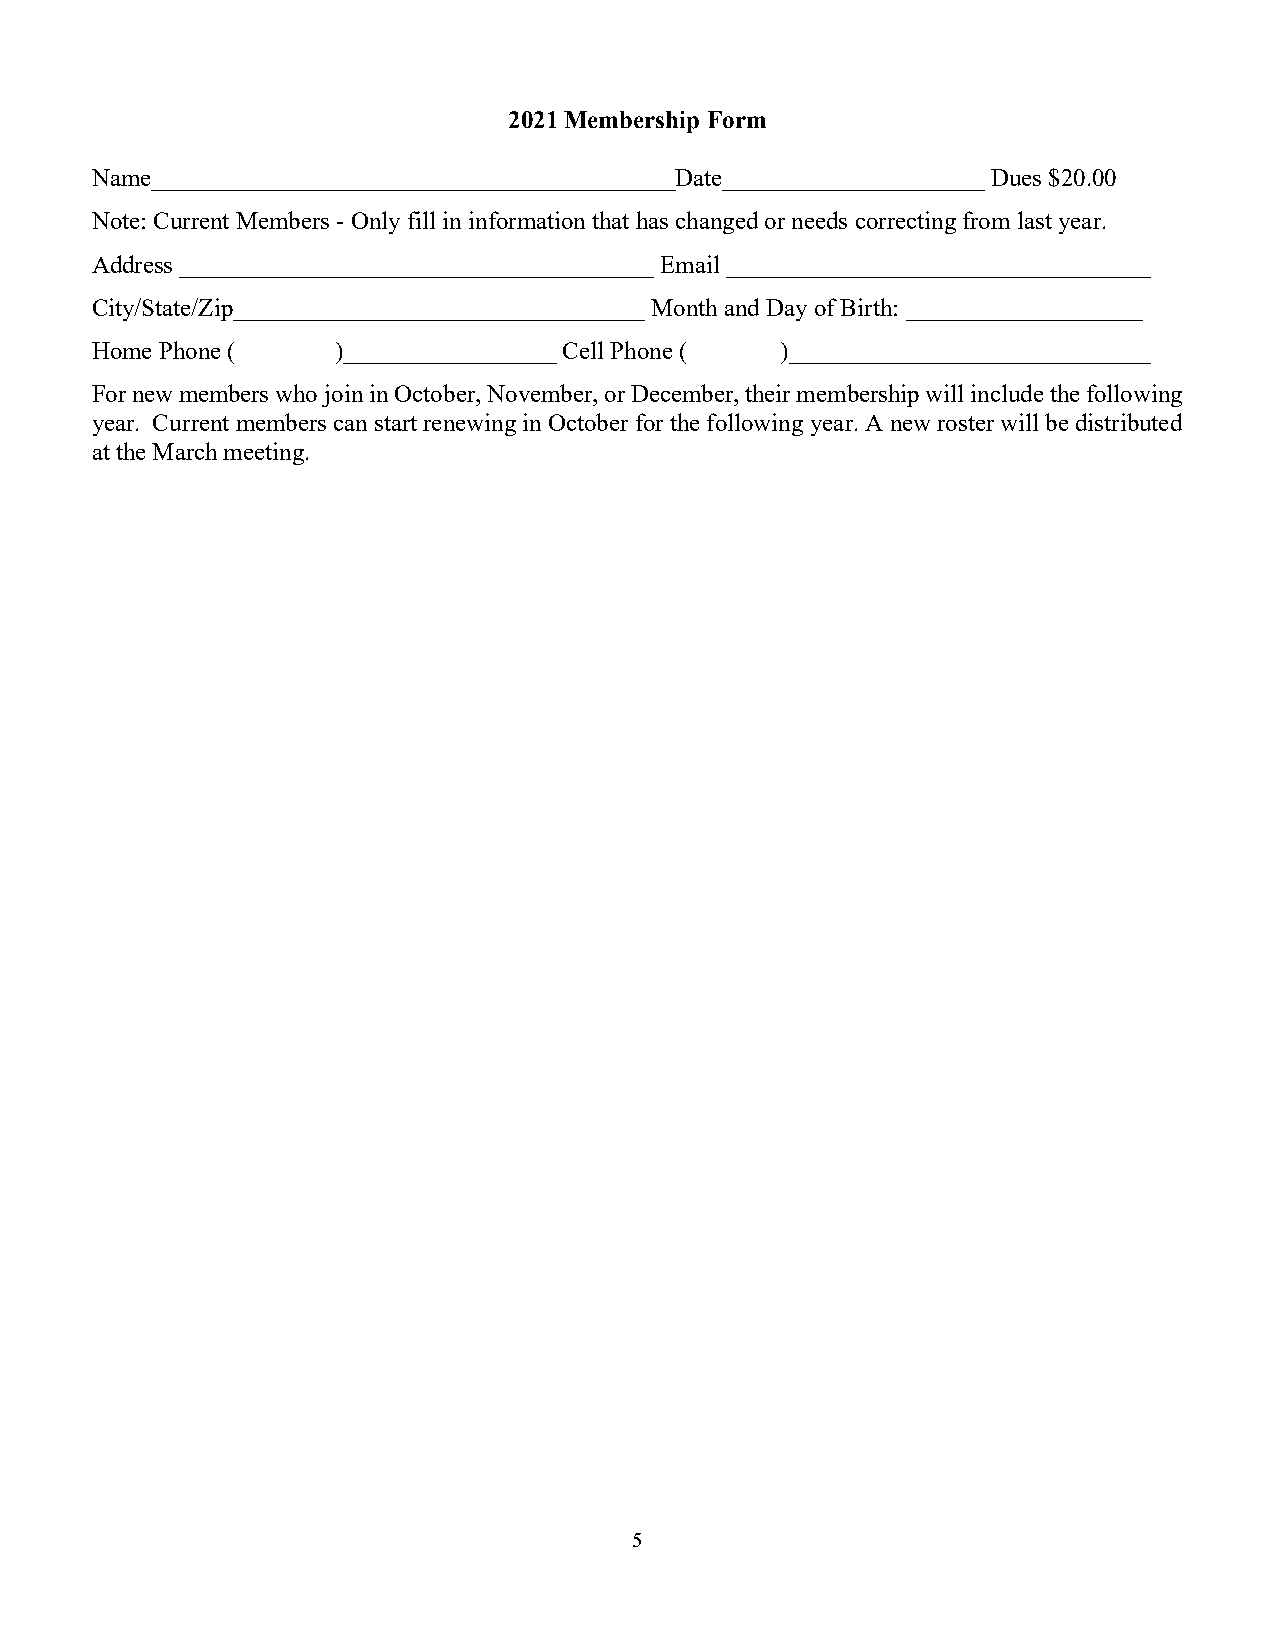
2021 Membership Form
 Name__________________________________________Date_____________________ Dues $20.00
 Note: Current Members - Only fill in information that has changed or needs correcting from last year.
 Address ______________________________________ Email __________________________________
 City/State/Zip_________________________________ Month and Day of Birth: ___________________
 Home Phone (    )_________________ Cell Phone ( )_____________________________
 For new members who join in October, November, or December, their membership will include the following
 year. Current members can start renewing in October for the following year. A new roster will be distributed
 at the March meeting.
 5